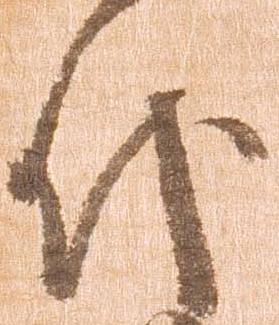
代